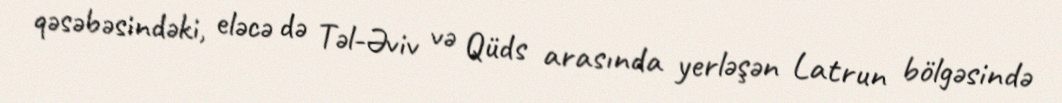
qəsəbəsindəki, eləcə də Təl-Əviv və Qüds arasında yerləşən Latrun bölgəsində